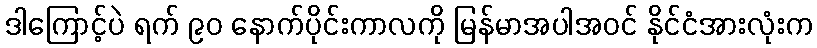
ဒါကြောင့်ပဲ ရက် ၉၀ နောက်ပိုင်းကာလကို မြန်မာအပါအဝင် နိုင်ငံအားလုံးက